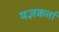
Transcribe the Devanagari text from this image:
यज्ञकर्त्ता